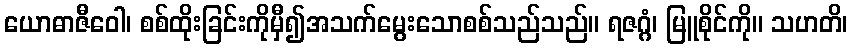
ယောဓာဇီဝေါ၊ စစ်ထိုးခြင်းကိုမှီ၍အသက်မွေးသောစစ်သည်သည်။ ရဇဂ္ဂံ၊ မြူစိုင်ကို။ သဟတိ၊